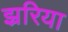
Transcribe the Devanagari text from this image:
झ्ररिया